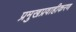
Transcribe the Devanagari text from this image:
प्रमुखप्रवाहीकरण